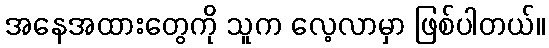
အနေအထားတွေကို သူက လေ့လာမှာ ဖြစ်ပါတယ်။